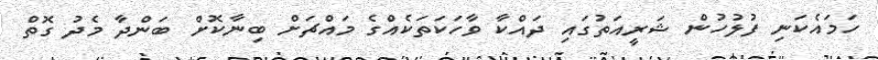
ހަމައެކަނި ފުލުހުން ޝަރީއަތުގައި ދައްކާ ވާހަކަތަކެއްގެ މައްޗަށް ބިނާކޮށް ބަންދާ މެދު ގޮތް